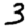
Digit: 3